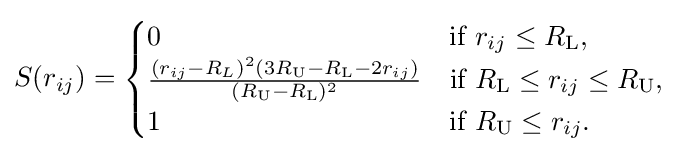
S(r_{ij})={\begin{cases}0&{\text{if }}r_{ij}\leq R_{\text{L}},\\{\frac {(r_{ij}-R_{L})^{2}(3R_{\text{U}}-R_{\text{L}}-2r_{ij})}{(R_{\text{U}}-R_{\text{L}})^{2}}}&{\text{if }}R_{\text{L}}\leq r_{ij}\leq R_{\text{U}},\\1&{\text{if }}R_{\text{U}}\leq r_{ij}.\end{cases}}